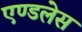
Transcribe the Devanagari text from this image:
एण्डलेस